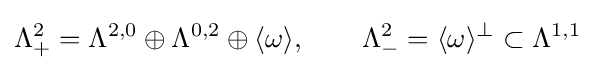
\Lambda _{+}^{2}=\Lambda ^{2,0}\oplus \Lambda ^{0,2}\oplus \langle \omega \rangle ,\qquad \Lambda _{-}^{2}=\langle \omega \rangle ^{\perp }\subset \Lambda ^{1,1}